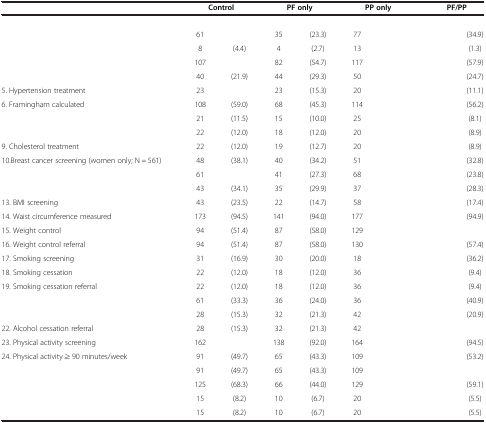
<table><thead><tr><td>[EMPTY_CELL]</td><td colspan="2"><b>Control</b></td><td colspan="2"><b>PF only</b></td><td colspan="2"><b>PP only</b></td><td colspan="2"><b>PF/PP</b></td></tr></thead><tbody><tr><td>[EMPTY_CELL]</td><td colspan="2">[EMPTY_CELL]</td><td colspan="2">[EMPTY_CELL]</td><td colspan="2">[EMPTY_CELL]</td><td colspan="2">[EMPTY_CELL]</td></tr><tr><td>[EMPTY_CELL]</td><td>61</td><td>[EMPTY_CELL]</td><td>35</td><td>(23.3)</td><td>77</td><td>[EMPTY_CELL]</td><td>[EMPTY_CELL]</td><td>(34.9)</td></tr><tr><td>[EMPTY_CELL]</td><td>8</td><td>(4.4)</td><td>4</td><td>(2.7)</td><td>13</td><td>[EMPTY_CELL]</td><td>[EMPTY_CELL]</td><td>(1.3)</td></tr><tr><td>[EMPTY_CELL]</td><td>107</td><td>[EMPTY_CELL]</td><td>82</td><td>(54.7)</td><td>117</td><td>[EMPTY_CELL]</td><td>[EMPTY_CELL]</td><td>(57.9)</td></tr><tr><td>[EMPTY_CELL]</td><td>40</td><td>(21.9)</td><td>44</td><td>(29.3)</td><td>50</td><td>[EMPTY_CELL]</td><td>[EMPTY_CELL]</td><td>(24.7)</td></tr><tr><td>5. Hypertension treatment</td><td>23</td><td>[EMPTY_CELL]</td><td>23</td><td>(15.3)</td><td>20</td><td>[EMPTY_CELL]</td><td>[EMPTY_CELL]</td><td>(11.1)</td></tr><tr><td>6. Framingham calculated</td><td>108</td><td>(59.0)</td><td>68</td><td>(45.3)</td><td>114</td><td>[EMPTY_CELL]</td><td>[EMPTY_CELL]</td><td>(56.2)</td></tr><tr><td>[EMPTY_CELL]</td><td>21</td><td>(11.5)</td><td>15</td><td>(10.0)</td><td>25</td><td>[EMPTY_CELL]</td><td>[EMPTY_CELL]</td><td>(8.1)</td></tr><tr><td>[EMPTY_CELL]</td><td>22</td><td>(12.0)</td><td>18</td><td>(12.0)</td><td>20</td><td>[EMPTY_CELL]</td><td>[EMPTY_CELL]</td><td>(8.9)</td></tr><tr><td>9. Cholesterol treatment</td><td>22</td><td>(12.0)</td><td>19</td><td>(12.7)</td><td>20</td><td>[EMPTY_CELL]</td><td>[EMPTY_CELL]</td><td>(8.9)</td></tr><tr><td>10.Breast cancer screening (women only; N = 561)</td><td>48</td><td>(38.1)</td><td>40</td><td>(34.2)</td><td>51</td><td>[EMPTY_CELL]</td><td>[EMPTY_CELL]</td><td>(32.8)</td></tr><tr><td>[EMPTY_CELL]</td><td>61</td><td>[EMPTY_CELL]</td><td>41</td><td>(27.3)</td><td>68</td><td>[EMPTY_CELL]</td><td>[EMPTY_CELL]</td><td>(23.8)</td></tr><tr><td>[EMPTY_CELL]</td><td>43</td><td>(34.1)</td><td>35</td><td>(29.9)</td><td>37</td><td>[EMPTY_CELL]</td><td>[EMPTY_CELL]</td><td>(28.3)</td></tr><tr><td>13. BMI screening</td><td>43</td><td>(23.5)</td><td>22</td><td>(14.7)</td><td>58</td><td>[EMPTY_CELL]</td><td>[EMPTY_CELL]</td><td>(17.4)</td></tr><tr><td>14. Waist circumference measured</td><td>173</td><td>(94.5)</td><td>141</td><td>(94.0)</td><td>177</td><td>[EMPTY_CELL]</td><td>[EMPTY_CELL]</td><td>(94.9)</td></tr><tr><td>15. Weight control</td><td>94</td><td>(51.4)</td><td>87</td><td>(58.0)</td><td>129</td><td>[EMPTY_CELL]</td><td>[EMPTY_CELL]</td><td>[EMPTY_CELL]</td></tr><tr><td>16. Weight control referral</td><td>94</td><td>(51.4)</td><td>87</td><td>(58.0)</td><td>130</td><td>[EMPTY_CELL]</td><td>[EMPTY_CELL]</td><td>(57.4)</td></tr><tr><td>17. Smoking screening</td><td>31</td><td>(16.9)</td><td>30</td><td>(20.0)</td><td>18</td><td>[EMPTY_CELL]</td><td>[EMPTY_CELL]</td><td>(36.2)</td></tr><tr><td>18. Smoking cessation</td><td>22</td><td>(12.0)</td><td>18</td><td>(12.0)</td><td>36</td><td>[EMPTY_CELL]</td><td>[EMPTY_CELL]</td><td>(9.4)</td></tr><tr><td>19. Smoking cessation referral</td><td>22</td><td>(12.0)</td><td>18</td><td>(12.0)</td><td>36</td><td>[EMPTY_CELL]</td><td>[EMPTY_CELL]</td><td>(9.4)</td></tr><tr><td>[EMPTY_CELL]</td><td>61</td><td>(33.3)</td><td>36</td><td>(24.0)</td><td>36</td><td>[EMPTY_CELL]</td><td>[EMPTY_CELL]</td><td>(40.9)</td></tr><tr><td>[EMPTY_CELL]</td><td>28</td><td>(15.3)</td><td>32</td><td>(21.3)</td><td>42</td><td>[EMPTY_CELL]</td><td>[EMPTY_CELL]</td><td>(20.9)</td></tr><tr><td>22. Alcohol cessation referral</td><td>28</td><td>(15.3)</td><td>32</td><td>(21.3)</td><td>42</td><td>[EMPTY_CELL]</td><td>[EMPTY_CELL]</td><td>[EMPTY_CELL]</td></tr><tr><td>23. Physical activity screening</td><td>162</td><td>[EMPTY_CELL]</td><td>138</td><td>(92.0)</td><td>164</td><td>[EMPTY_CELL]</td><td>[EMPTY_CELL]</td><td>(94.5)</td></tr><tr><td>24. Physical activity ≥ 90 minutes/week</td><td>91</td><td>(49.7)</td><td>65</td><td>(43.3)</td><td>109</td><td>[EMPTY_CELL]</td><td>[EMPTY_CELL]</td><td>(53.2)</td></tr><tr><td>[EMPTY_CELL]</td><td>91</td><td>(49.7)</td><td>65</td><td>(43.3)</td><td>109</td><td>[EMPTY_CELL]</td><td>[EMPTY_CELL]</td><td>[EMPTY_CELL]</td></tr><tr><td>[EMPTY_CELL]</td><td>125</td><td>(68.3)</td><td>66</td><td>(44.0)</td><td>129</td><td>[EMPTY_CELL]</td><td>[EMPTY_CELL]</td><td>(59.1)</td></tr><tr><td>[EMPTY_CELL]</td><td>15</td><td>(8.2)</td><td>10</td><td>(6.7)</td><td>20</td><td>[EMPTY_CELL]</td><td>[EMPTY_CELL]</td><td>(5.5)</td></tr><tr><td>[EMPTY_CELL]</td><td>15</td><td>(8.2)</td><td>10</td><td>(6.7)</td><td>20</td><td>[EMPTY_CELL]</td><td>[EMPTY_CELL]</td><td>(5.5)</td></tr></tbody></table>